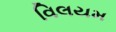
વિલયમ